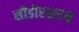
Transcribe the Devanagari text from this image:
सीडीएसएस